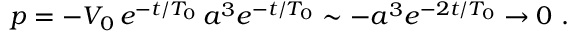
p = - V _ { 0 } \, e ^ { - t / T _ { 0 } } \, a ^ { 3 } e ^ { - t / T _ { 0 } } \sim - a ^ { 3 } e ^ { - 2 t / T _ { 0 } } \to 0 \ .